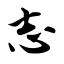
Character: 志